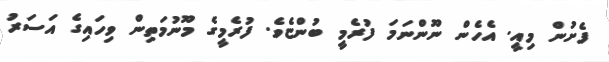
ފެށުން މިއީ. އެހެން ނޫންނަމަ ފުރެމީ ބުންޏެވެ. ފުރެމީގެ މޫނުމަތިން ވިހައިގެ އަސަރު